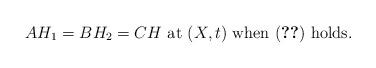
LaTeX: \begin{align*} A H_1 = B H_2 = C H \mbox{ at $ (X, t ) $ when \eqref{eqn5.33} holds.} \end{align*}